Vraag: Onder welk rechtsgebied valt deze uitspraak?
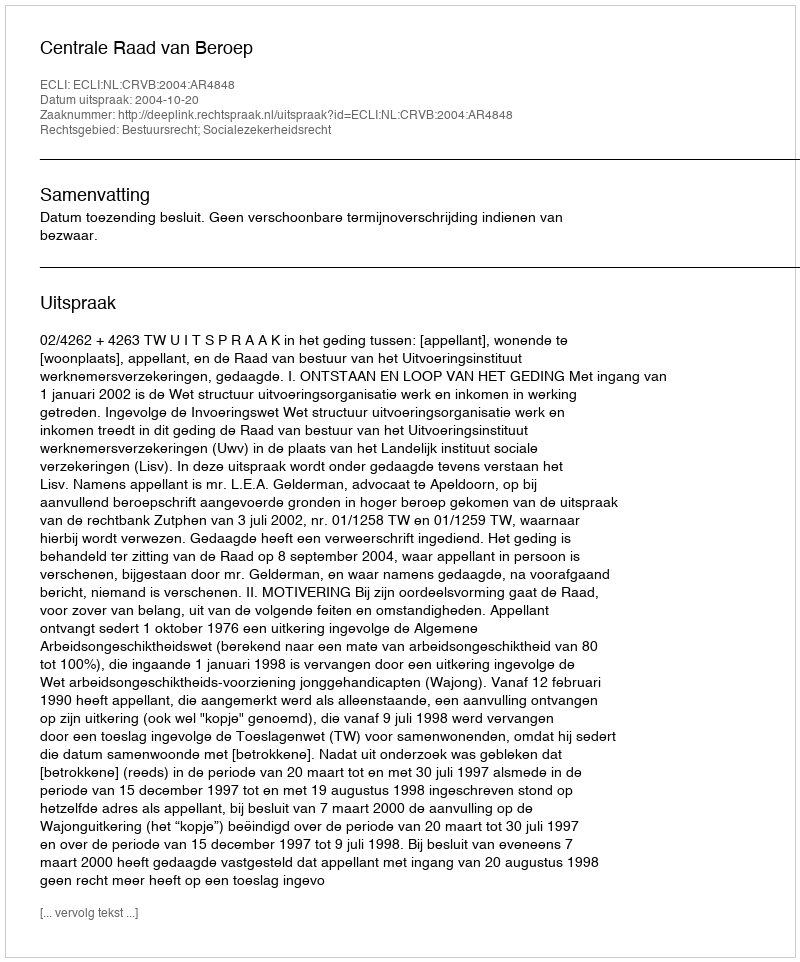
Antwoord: Bestuursrecht; Socialezekerheidsrecht